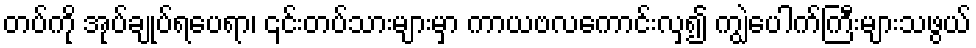
တပ်ကို အုပ်ချုပ်ရပေရာ၊ ၎င်းတပ်သားများမှာ ကာယဗလကောင်းလှ၍ ကျွဲပေါက်ကြီးများသဖွယ်